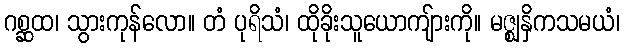
ဂစ္ဆထ၊ သွားကုန်လော။ တံ ပုရိသံ၊ ထိုခိုးသူယောကျ်ားကို။ မဇ္ဈနှိကသမယံ၊